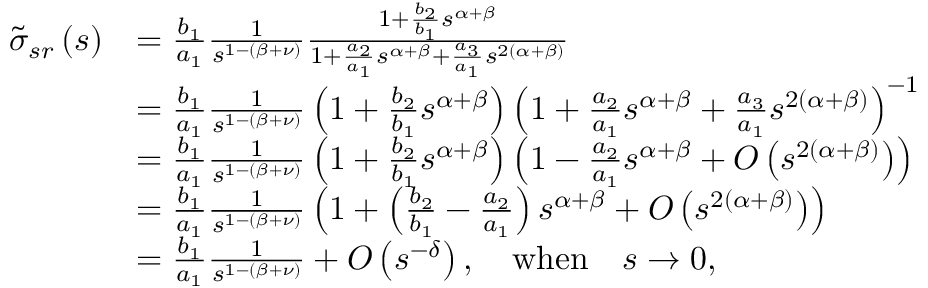
\begin{array} { r l } { \tilde { \sigma } _ { s r } \left( s \right) } & { = \frac { b _ { 1 } } { a _ { 1 } } \frac { 1 } { s ^ { 1 - \left( \beta + \nu \right) } } \frac { 1 + \frac { b _ { 2 } } { b _ { 1 } } s ^ { \alpha + \beta } } { 1 + \frac { a _ { 2 } } { a _ { 1 } } s ^ { \alpha + \beta } + \frac { a _ { 3 } } { a _ { 1 } } s ^ { 2 \left( \alpha + \beta \right) } } } \\ & { = \frac { b _ { 1 } } { a _ { 1 } } \frac { 1 } { s ^ { 1 - \left( \beta + \nu \right) } } \left( 1 + \frac { b _ { 2 } } { b _ { 1 } } s ^ { \alpha + \beta } \right) \left( 1 + \frac { a _ { 2 } } { a _ { 1 } } s ^ { \alpha + \beta } + \frac { a _ { 3 } } { a _ { 1 } } s ^ { 2 \left( \alpha + \beta \right) } \right) ^ { - 1 } } \\ & { = \frac { b _ { 1 } } { a _ { 1 } } \frac { 1 } { s ^ { 1 - \left( \beta + \nu \right) } } \left( 1 + \frac { b _ { 2 } } { b _ { 1 } } s ^ { \alpha + \beta } \right) \left( 1 - \frac { a _ { 2 } } { a _ { 1 } } s ^ { \alpha + \beta } + O \left( s ^ { 2 \left( \alpha + \beta \right) } \right) \right) } \\ & { = \frac { b _ { 1 } } { a _ { 1 } } \frac { 1 } { s ^ { 1 - \left( \beta + \nu \right) } } \left( 1 + \left( \frac { b _ { 2 } } { b _ { 1 } } - \frac { a _ { 2 } } { a _ { 1 } } \right) s ^ { \alpha + \beta } + O \left( s ^ { 2 \left( \alpha + \beta \right) } \right) \right) } \\ & { = \frac { b _ { 1 } } { a _ { 1 } } \frac { 1 } { s ^ { 1 - \left( \beta + \nu \right) } } + O \left( s ^ { - \delta } \right) , \quad \mathrm { w h e n } \quad s \rightarrow 0 , } \end{array}